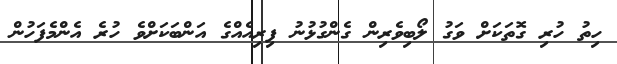
ހިތު ހުރި ގޮތަކަށް ވަގު ލޯބިވެރިން ގެންގުޅުނު ފިރިއެއްގެ އަންބަކަށްވެ ހުރެ އެންމެފަހުން